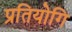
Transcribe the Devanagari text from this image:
प्रतियोगि